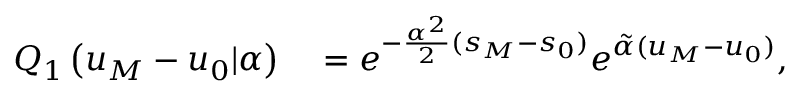
\begin{array} { r l } { Q _ { 1 } \left( u _ { M } - u _ { 0 } | \alpha \right) } & { { } = e ^ { - \frac { \alpha ^ { 2 } } { 2 } ( s _ { M } - s _ { 0 } ) } e ^ { \tilde { \alpha } ( u _ { M } - u _ { 0 } ) } , } \end{array}